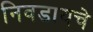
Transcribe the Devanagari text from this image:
निवडायचे